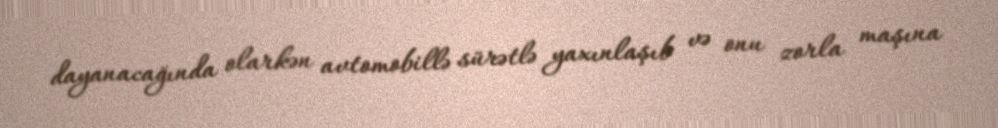
dayanacağında olarkən avtomobillə sürətlə yaxınlaşıb və onu zorla maşına